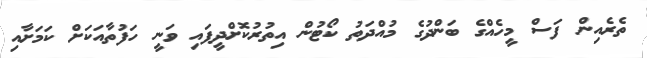
ތެރެއިން ފަސް މީހެއްގެ ބަންދުގެ މުއްދަތު ކޯޓުން އިތުރުކޮށްދީފައި ވަނީ ހަފުތާއަކަށް ކަމަށާއި